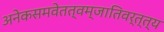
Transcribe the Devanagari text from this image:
अनेकसमवेतत्वम्जातिवर्त्त्य